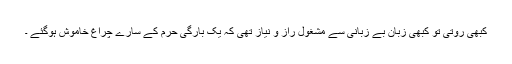
کبھی روتی تو کبھی زبان بے زبانی سے مشغول راز و نیاز تھی کہ یک بارگی حرم کے سارے چراغ خاموش ہوگئے ۔